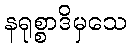
နရုစ္စာဒိမှသေ